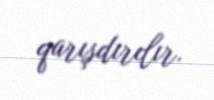
qarışdırılır.